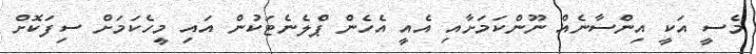
މެސީ އަކީ އިންސާނެއް ނޫންކަމަށާއި އެއީ އެހެން ޕްލެނެޓަކުން އައި މީހެކަމަށް ސިފަކޮށް